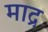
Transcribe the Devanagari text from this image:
माद्र